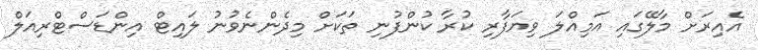
އެއިރަށް މާލޭގައި އަމިއްލަ ވިޔަފާރި ކުރާ ކުންފުނި ތަކަށް މިދެންނެވުނު ލައިޓް އިންޑަސްޓްރިއަލް